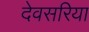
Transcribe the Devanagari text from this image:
देवसरिया